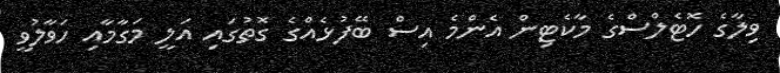
ވިލާގެ ހޮޓެލްސްގެ މާކެޓިން އެންމެ އިސް ބޭފުޅެއްގެ ގޮތުގައި އަލީ މަގާމާއި ހަވާލުވީ